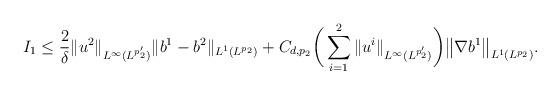
LaTeX: \begin{align*} I_1\leq \frac2\delta \|u^2\|_{L^\infty(L^{p'_2})} \|b^1-b^2\|_{L^1(L^{p_2})} + C_{d,p_2}\bigg(\sum_{i=1}^2\|u^i\|_{L^\infty(L^{p'_2})}\bigg) \big\| \nabla b^1\big\|_{L^1(L^{p_2})}. \end{align*}